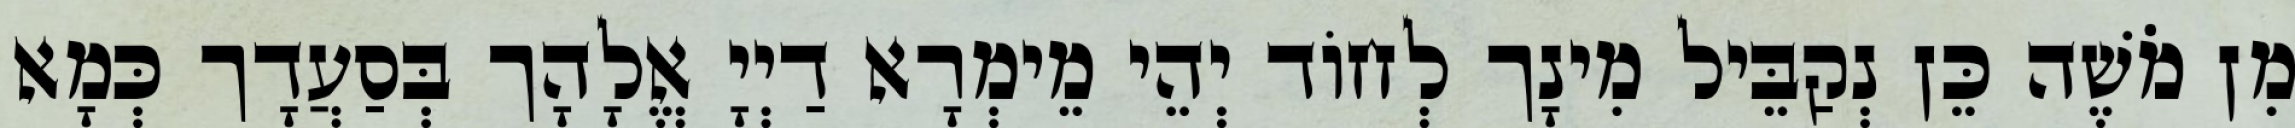
מִן מֹשֶׁה כֵּן נְקַבֵּיל מִינָך לְחוֹד יְהֵי מֵימְרָא דַיְיָ אֱלָהָך בְּסַעֲדָך כְּמָא